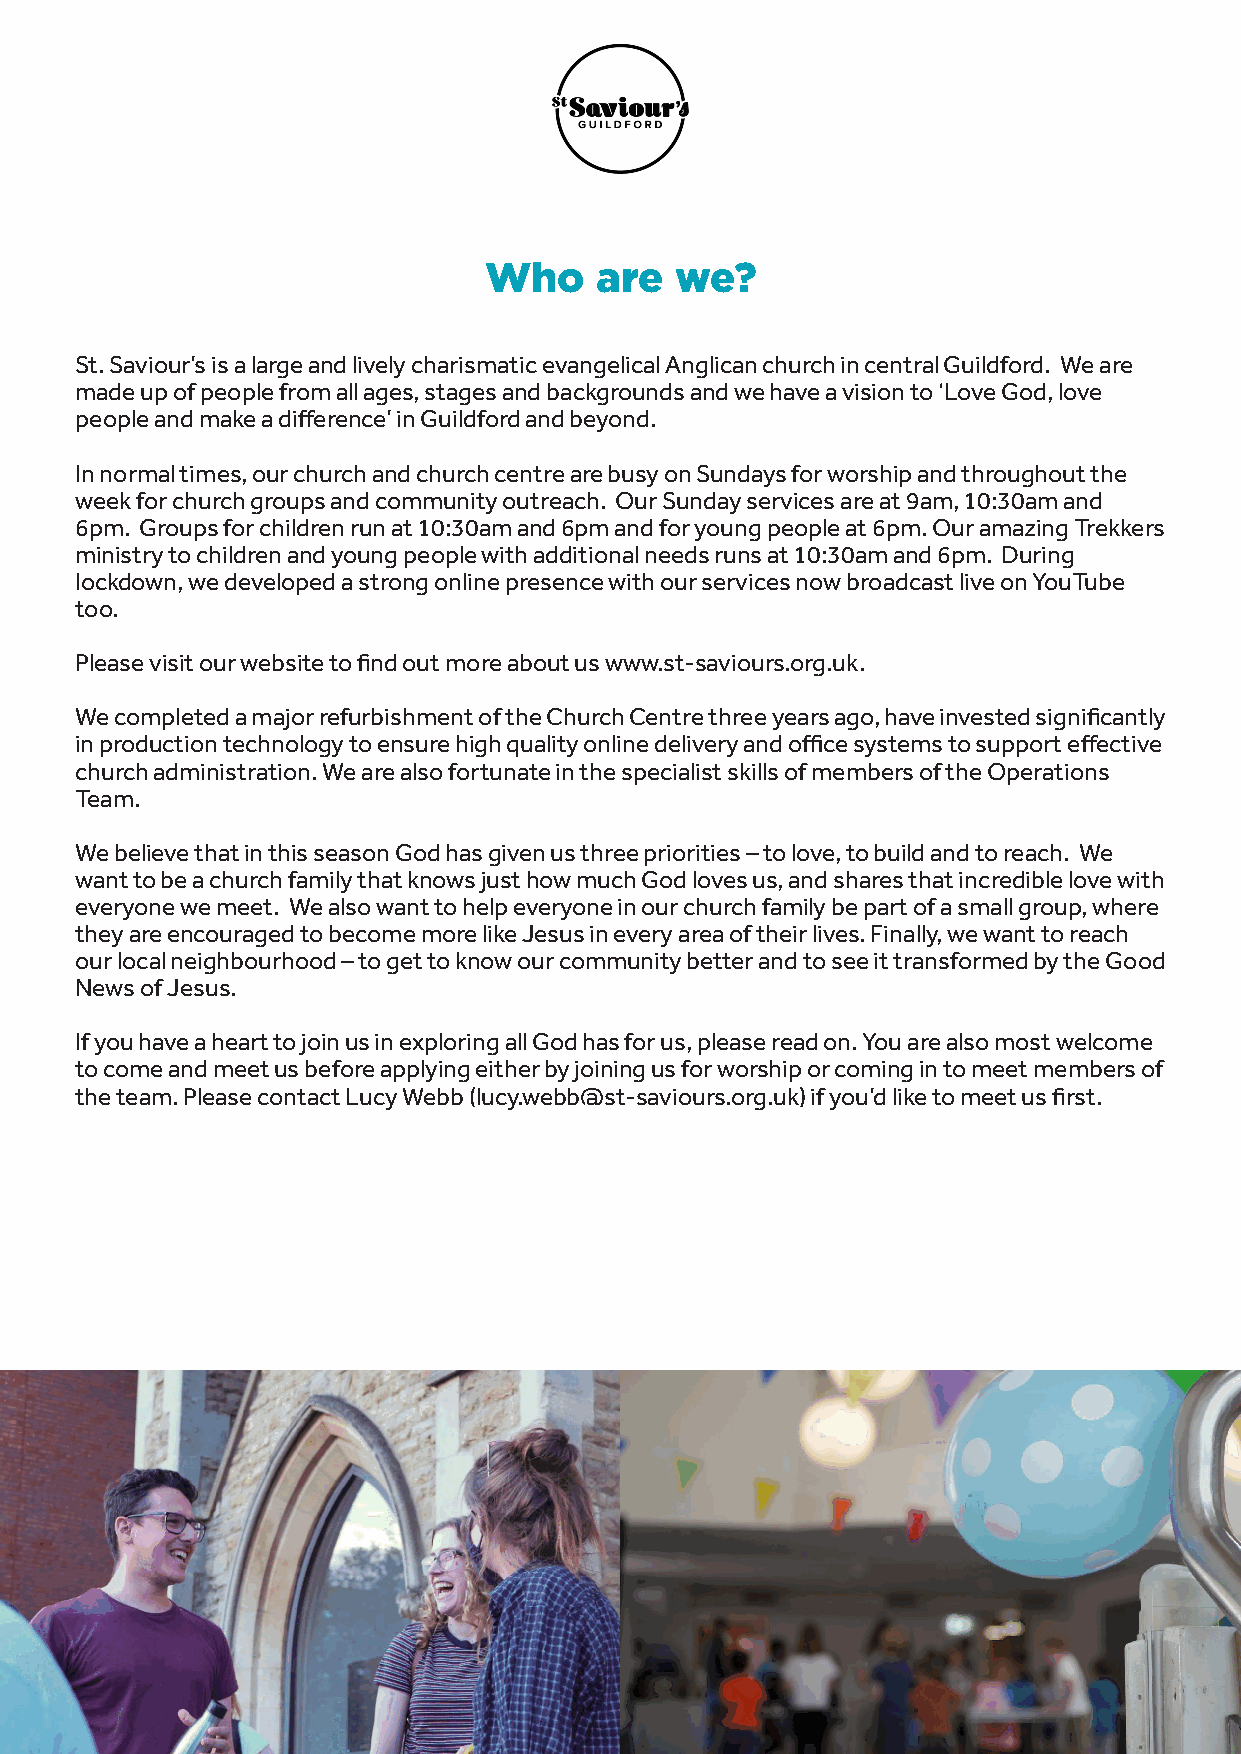
Who    are   we?
 St. Saviour’s is a large and lively charismatic evangelical Anglican church in central Guildford. We are
 made up of people from all ages, stages and backgrounds and we have a vision to ‘Love God, love
 people and make a difference’ in Guildford and beyond.
 In normal times, our church and church centre are busy on Sundays for worship and throughout the
 week for church groups and community outreach. Our Sunday services are at 9am, 10:30am and
 6pm. Groups for children run at 10:30am and 6pm and for young people at 6pm. Our amazing Trekkers
 ministry to children and young people with additional needs runs at 10:30am and 6pm. During
 lockdown, we developed a strong online presence with our services now broadcast live on YouTube
 too.
 Please visit our website to find out more about us www.st-saviours.org.uk.
 We completed a major refurbishment of the Church Centre three years ago, have invested significantly
 in production technology to ensure high quality online delivery and office systems to support effective
 church administration. We are also fortunate in the specialist skills of members of the Operations
 Team.
 We believe that in this season God has given us three priorities – to love, to build and to reach. We
 want to be a church family that knows just how much God loves us, and shares that incredible love with
 everyone we meet. We also want to help everyone in our church family be part of a small group, where
 they are encouraged to become more like Jesus in every area of their lives. Finally, we want to reach
 our local neighbourhood – to get to know our community better and to see it transformed by the Good
 News of Jesus.
 If you have a heart to join us in exploring all God has for us, please read on. You are also most welcome
 to come and meet us before applying either by joining us for worship or coming in to meet members of
 the team. Please contact Lucy Webb (lucy.webb@st-saviours.org.uk) if you’d like to meet us first.